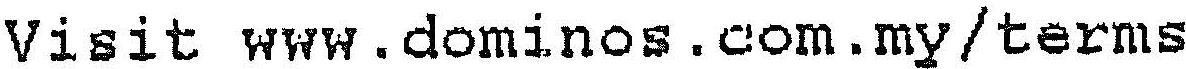
VISIT WWW.DOMINOS.COM.MY/TERMS